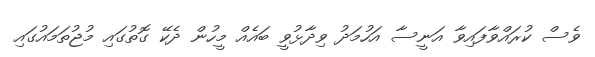
ވެސް ކުރައްވާފައިވާ އަނީސާ އަހުމަދު ވިދާޅުވީ ބައެއް މީހުން ދެކޭ ގޮތުގައި މުޖުތަމައުގައި